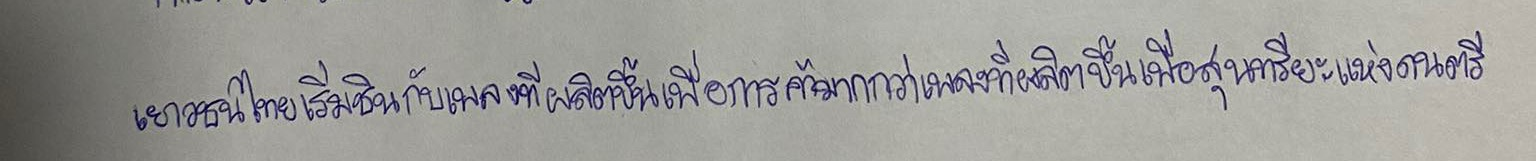
เยาวชนไทยเริ่มชินกับเพลงที่ผลิตขึ้นเพื่อการค้ามากกว่าเพลงที่ผลิตขึ้นเพื่อสุนทรียะแห่งดนตรี